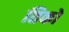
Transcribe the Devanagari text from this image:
तिको